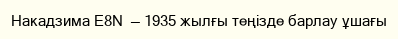
Накадзима E8N  — 1935 жылғы теңізде барлау ұшағы